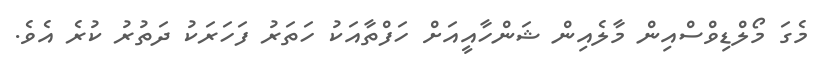
މެގަ މޯލްޑިވްސްއިން މާލެއިން ޝަންހާއީއަށް ހަފްތާއަކު ހަތަރު ފަހަރަކު ދަތުރު ކުރެ އެވެ.